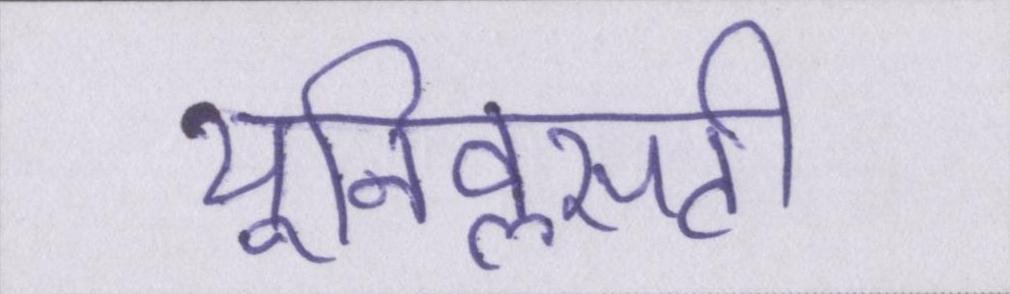
यूनिवॢसटी